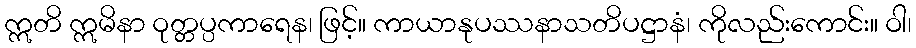
ဣတိ ဣမိနာ ဝုတ္တပ္ပကာရေန၊ ဖြင့်။ ကာယာနုပဿနာသတိပဋ္ဌာနံ၊ ကိုလည်းကောင်း။ ဝါ၊